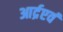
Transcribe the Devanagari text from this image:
आर्द्रएवं